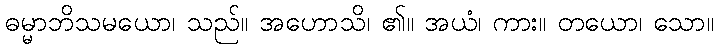
ဓမ္မာဘိသမယော၊ သည်။ အဟောသိ၊ ၏။ အယံ၊ ကား။ တယော၊ သော။